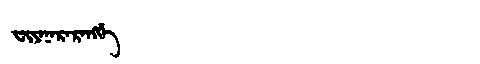
Manchu: ᠸᡳᠶᠠᠨᠠᡵᠠᡵᠠᠩᡤᡝ
Romanization: FIYANARARANGGE